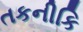
તકનીકિ